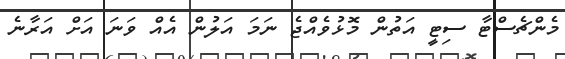
މެންޗެސްޓާ ސިޓީ އަތުން މޮޅުވެއްޖެ ނަމަ އަލުން އެއް ވަނަ އަށް އަރާނެ